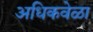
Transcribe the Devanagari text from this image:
अधिकवेळा